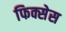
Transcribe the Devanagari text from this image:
फिक्सेस